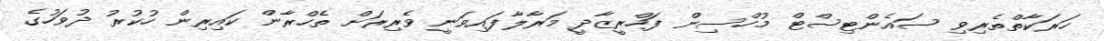
ހަރަކާތްތެރިވި ސައެންޓިސްޓް މުހްސިން ފަހްރީޒާދީ މަރާލާފައިވަނީ ވެރިރަށް ތެހްރާން ކައިރިން ހުކުރު ދުވަހުގެ